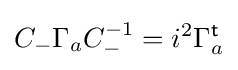
C_{-}\Gamma _{a}C_{-}^{-1}=i^{2}\Gamma _{a}^{\textsf {t}}